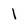
Character: 1